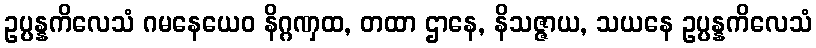
ဥပ္ပန္နကိလေသံ ဂမနေယေဝ နိဂ္ဂဏှထ, တထာ ဌာနေ, နိသဇ္ဇာယ, သယနေ ဥပ္ပန္နကိလေသံ